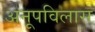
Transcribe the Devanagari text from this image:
अनूपविलास